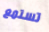
تستمع